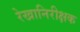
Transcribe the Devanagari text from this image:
रेखानिरीक्षक